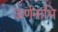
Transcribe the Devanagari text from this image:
ऊर्णनाभि